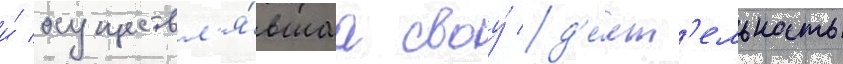
и́ осуществл'я́вшаа своу́ д'е́ят'ельность